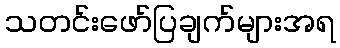
သတင်းဖော်ပြချက်များအရ